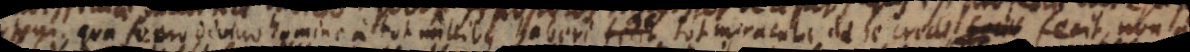
m, qua se pro divino homine a tot millibus haberi ac tot miracula de se credi fecit, non a